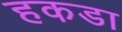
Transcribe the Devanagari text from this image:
हकडा